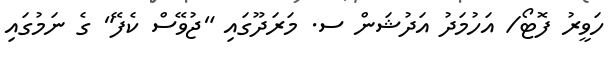
ހަވީރު ފޮޓޯ/ އަހުމަދު އަދުޝަން ސ. މަރަދޫގައި "ޖުވޭސް ކެފޭ" ގެ ނަމުގައި